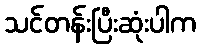
သင်တန်းပြီးဆုံးပါက